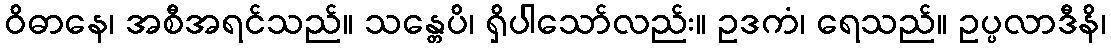
ဝိဓာနေ၊ အစီအရင်သည်။ သန္တေပိ၊ ရှိပါသော်လည်း။ ဥဒကံ၊ ရေသည်။ ဥပ္ပလာဒီနိ၊